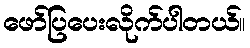
ဖော်ပြပေးလိုက်ပါတယ်။